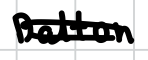
Text: Dalton
Cross-out: mix
Writing tool: digital_black